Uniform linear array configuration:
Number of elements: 12
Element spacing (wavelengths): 0.5
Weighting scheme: cosine
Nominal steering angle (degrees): -30
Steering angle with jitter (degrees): -30.502
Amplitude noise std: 0.05
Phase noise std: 0.05

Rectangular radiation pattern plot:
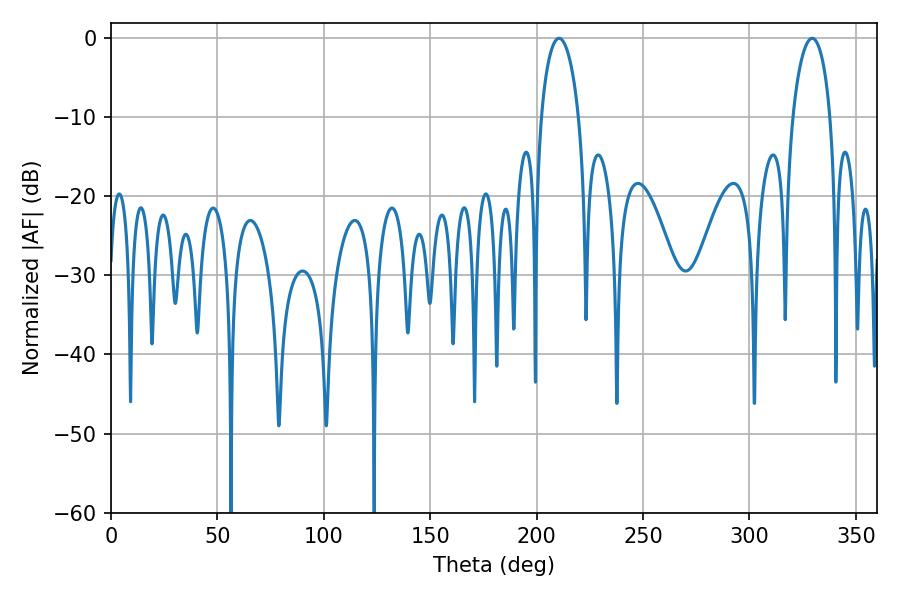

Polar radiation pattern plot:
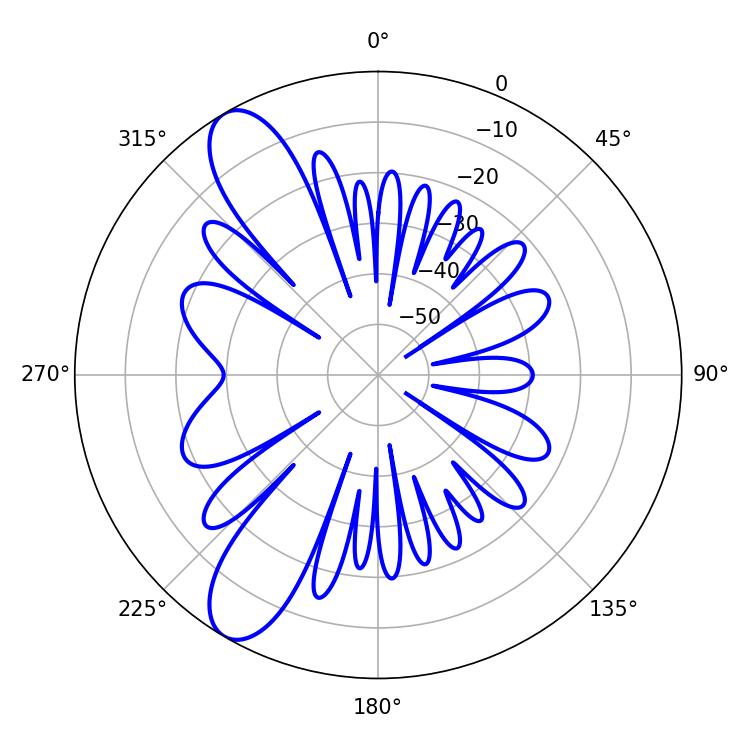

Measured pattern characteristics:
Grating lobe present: FALSE
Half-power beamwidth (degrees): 10.08
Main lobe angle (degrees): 210.6